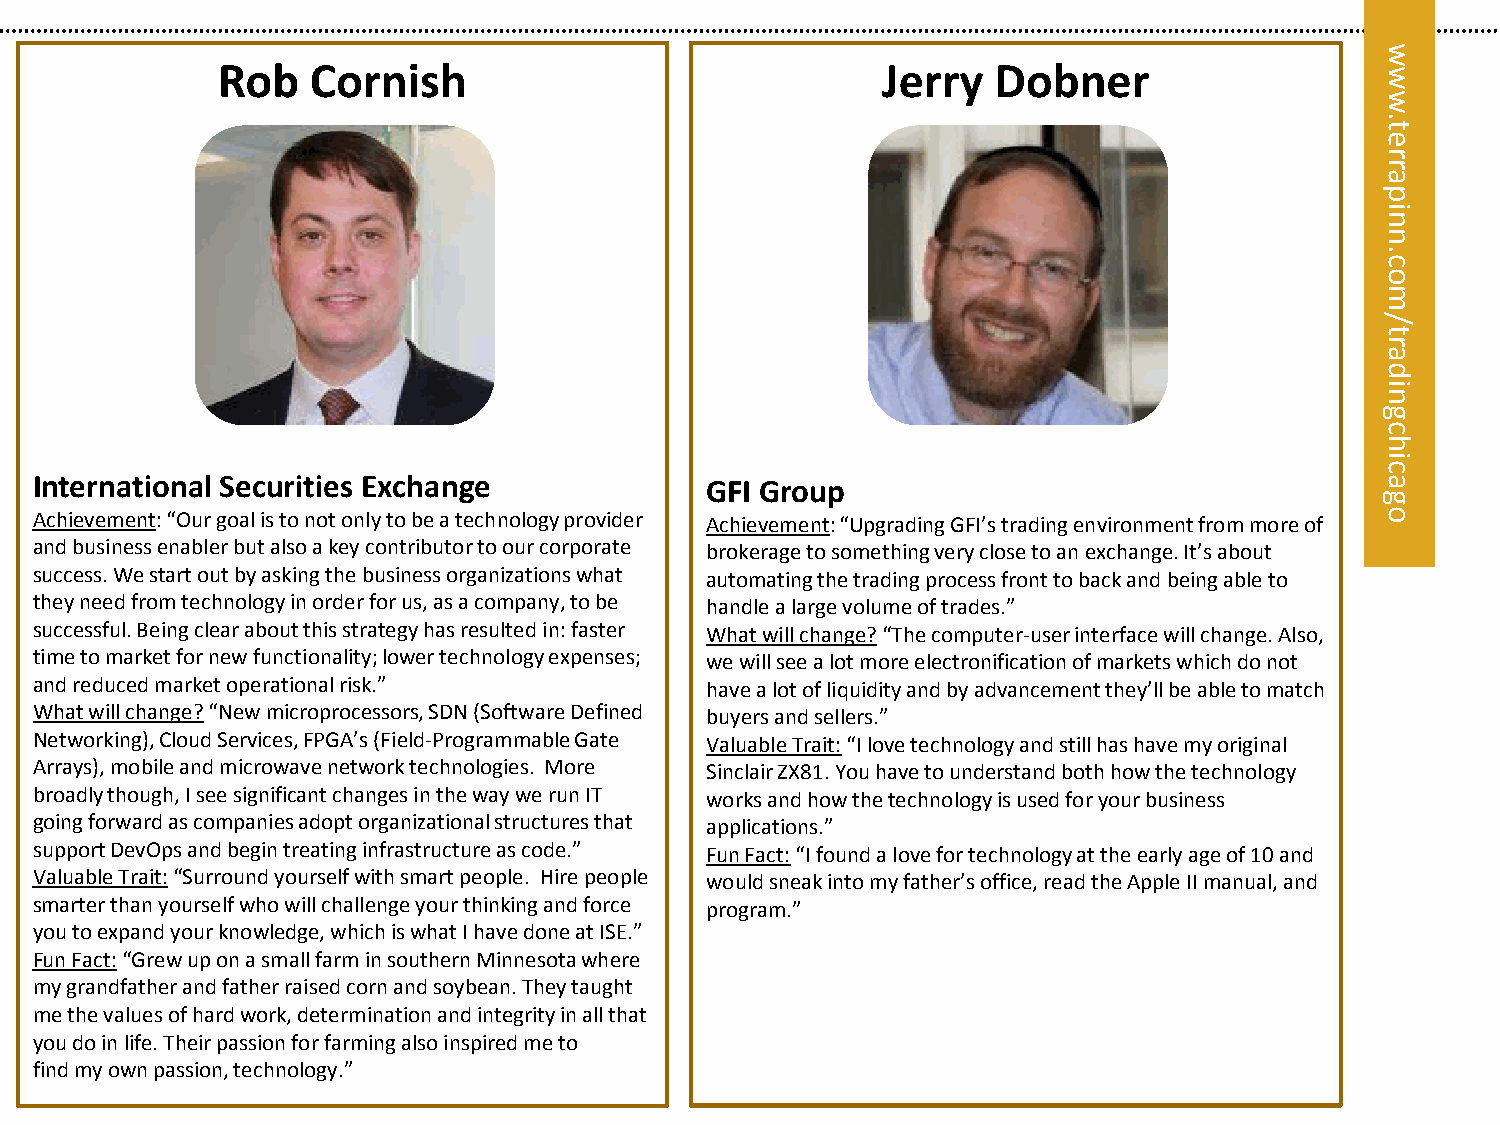
w
 Rob    Cornish                              Jerry   Dobner
 w
 w
 t.
 e
 r
 etar
 rrp
 pa ni
 ni
 n
 c.n c.
 oo
 m
 m
 /
 ol/
 yt
 tla ar
 ayd
 si
 ain
 g
 c
 h
 i
 c
 International Securities Exchange            GFI Group                                   a
 g
 Achievement: “Our goal is to not only to be a technology provider Achievement: “Upgrading GFI’s trading environment from more of o
 and business enabler but also a key contributor to our corporate brokerage to something very close to an exchange. It’s about
 success. We start out by asking the business organizations what automating the trading process front to back and being able to
 they need from technology in order for us, as a company, to be handle a large volume of trades.”
 successful. Being clear about this strategy has resulted in: faster What will change? “The computer-user interface will change. Also,
 time to market for new functionality; lower technology expenses; we will see a lot more electronification of markets which do not
 and reduced market operational risk.”        have a lot of liquidity and by advancement they’ll be able to match
 What will change? “New microprocessors, SDN (Software Defined buyers and sellers.”
 Networking), Cloud Services, FPGA’s (Field-Programmable Gate Valuable Trait: “I love technology and still has have my original
 Arrays), mobile and microwave network technologies. More Sinclair ZX81. You have to understand both how the technology
 broadly though, I see significant changes in the way we run IT works and how the technology is used for your business
 going forward as companies adopt organizational structures that applications.”
 support DevOps and begin treating infrastructure as code.” Fun Fact: “I found a love for technology at the early age of 10 and
 Valuable Trait: “Surround yourself with smart people. Hire people would sneak into my father’s office, read the Apple II manual, and
 smarter than yourself who will challenge your thinking and force program.”
 you to expand your knowledge, which is what I have done at ISE.”
 Fun Fact: “Grew up on a small farm in southern Minnesota where
 my grandfather and father raised corn and soybean. They taught
 me the values of hard work, determination and integrity in all that
 you do in life. Their passion for farming also inspired me to
 find my own passion, technology.”